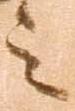
之